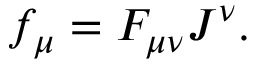
f _ { \mu } = F _ { \mu \nu } J ^ { \nu } .